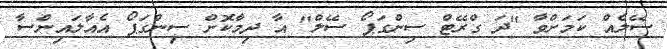
ސޭލެއް ކަމަށްވާ "ދަ ގްރޭޓް ސިންގަޕޯ ސޭލް" އާ ދިމާކޮށް ސިންގަޕޯ އެއާލައިންސާ